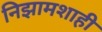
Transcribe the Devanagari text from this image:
निझामशाही